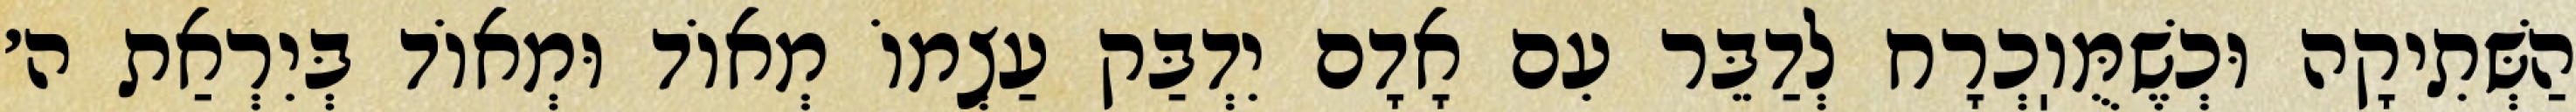
הַשְּׁתִיקָה וּכְשֶׁמֻּוֽכְרָח לְדַבֵּר עִם אָדָם יִדְבַּק עַצְמוֹ מְאוֹד וּמְאוֹד בְּיִרְאַת ה׳